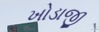
ખોડાજી